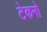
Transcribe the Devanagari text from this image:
टेकनो